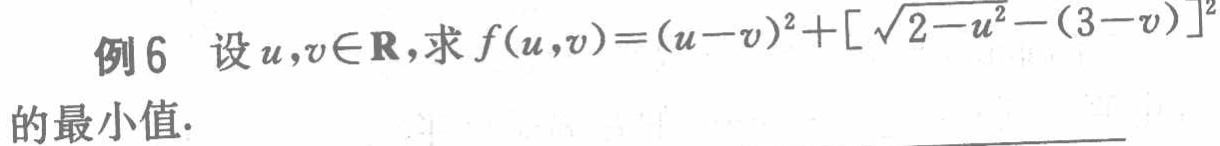
例6 设\(u,v\in\mathbf{R}\)，求\(f(u,v)=(u - v)^2+[\sqrt{2 - u^2}-(3 - v)]^2\)的最小值.